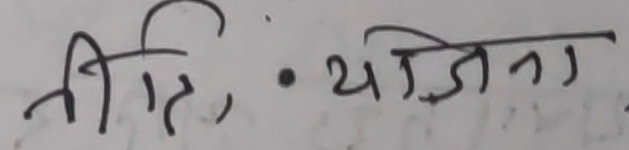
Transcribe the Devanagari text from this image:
नीति • योजना